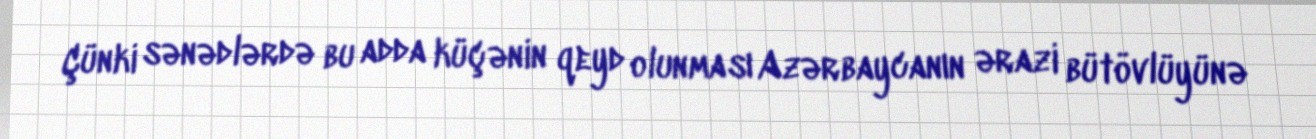
Çünki sənədlərdə bu adda küçənin qeyd olunması Azərbaycanın ərazi bütövlüyünə